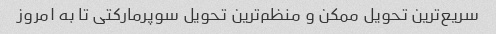
سریع‌ترین تحویل ممکن و منظم‌ترین تحویل سوپرمارکتی تا به امروز